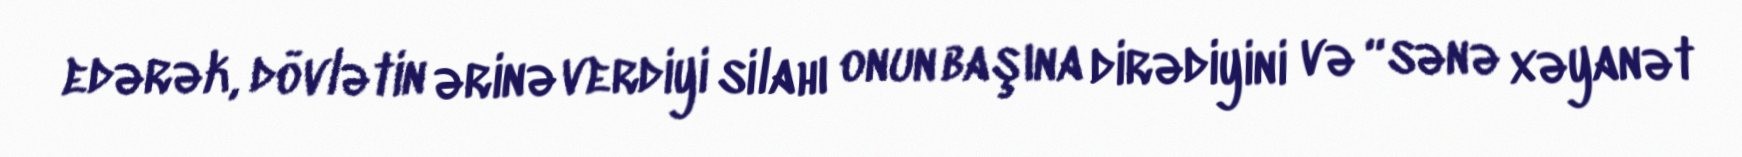
edərək, dövlətin ərinə verdiyi silahı onun başına dirədiyini və “sənə xəyanət